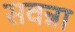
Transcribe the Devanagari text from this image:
सवन्ना